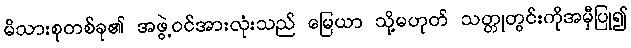
မိသားစုတစ်ခု၏ အဖွဲ့ဝင်အားလုံးသည် မြေယာ သို့မဟုတ် သတ္တုတွင်းကိုအမှီပြု၍